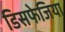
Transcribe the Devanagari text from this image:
डिसफेजिया